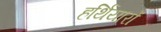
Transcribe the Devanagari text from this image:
हर्थियारों